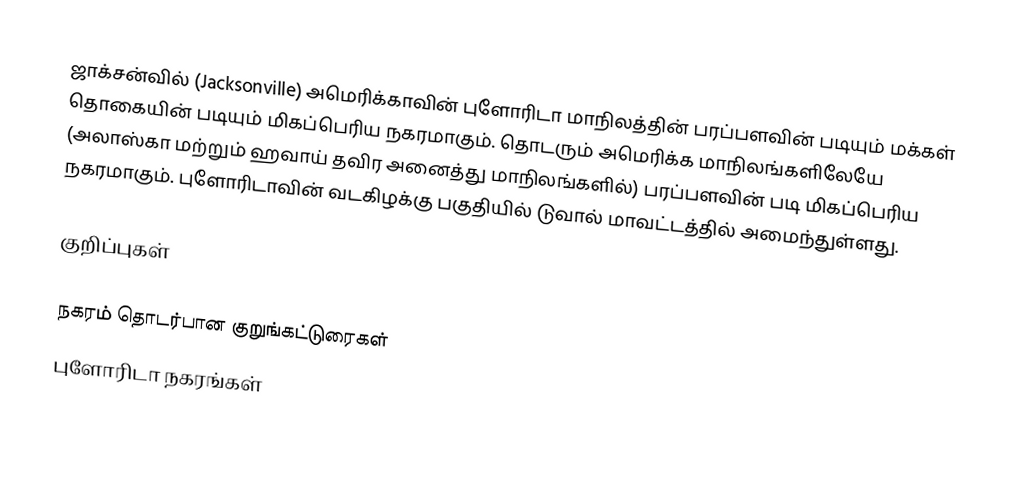
ஜாக்சன்வில் (Jacksonville) அமெரிக்காவின் புளோரிடா மாநிலத்தின் பரப்பளவின் படியும் மக்கள் தொகையின் படியும் மிகப்பெரிய நகரமாகும். தொடரும் அமெரிக்க மாநிலங்களிலேயே (அலாஸ்கா மற்றும் ஹவாய் தவிர அனைத்து மாநிலங்களில்) பரப்பளவின் படி மிகப்பெரிய நகரமாகும். புளோரிடாவின் வடகிழக்கு பகுதியில் டுவால் மாவட்டத்தில் அமைந்துள்ளது.

குறிப்புகள்

நகரம் தொடர்பான குறுங்கட்டுரைகள்
புளோரிடா நகரங்கள்